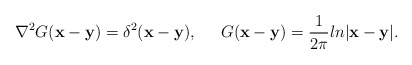
\begin{align*}\nabla^2G({\bf x} -{\bf y})=\delta^{2}({\bf x} - {\bf y}),\;\;\;\;\;G({\bf x} - {\bf y})=\frac{1}{2\pi}ln|{\bf x} - {\bf y}|.\end{align*}